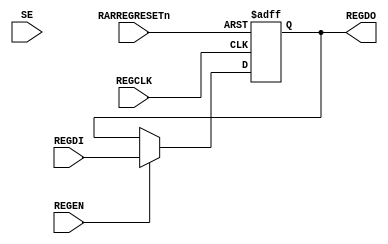
//-----------------------------------------------------------------------------
// The confidential and proprietary information contained in this file may
// only be used by a person authorised under and to the extent permitted
// by a subsisting licensing agreement from ARM Limited.
//
//            (C) COPYRIGHT 2008-2009 ARM Limited.
//                ALL RIGHTS RESERVED
//
// This entire notice must be reproduced on all copies of this file
// and copies of this file may only be made by a person if such person is
// permitted to do so under the terms of a subsisting license agreement
// from ARM Limited.
//
//      SVN Information
//
//      Checked In          : $Date: 2009-03-10 12:13:37 +0000 (Tue, 10 Mar 2009) $
//
//      Revision            : $Revision: 103430 $
//
//      Release Information : Cortex-M0-AT510-r0p0-00rel0
//-----------------------------------------------------------------------------

module cm0_dap_cdc_send_addr
         #(parameter   PRESENT = 1)
          (input  wire         REGCLK,       // Register Clock
           input  wire         RARREGRESETn, // Reset (if RAR enabled)
           input  wire         REGEN,        // Register Load Enable
           input  wire [3:0]   REGDI,        // Data Input
           input  wire         SE,           // Scan Enable for DFT
           output wire [3:0]   REGDO);       // Data Output
  
  // --------------------------------------------------------------------------
  // NOTE: THIS MODULE IS NOT INTENDED FOR USE IN SYNTHESIS
  // IT IS STRONGLY RECOMMENDED THAT AN EQUIVALENT MODULE
  // DIRECTLY INSTANTIATING CELLS FROM YOUR LIBRARY THAT MEET
  // THE REQUIREMENTS DETAILED BELOW IS USED INSTEAD
  // --------------------------------------------------------------------------
  
  // --------------------------------------------------------------------------
  // This module is instantiated where 4-bit CDC-safe send (launch) register
  // is required, i.e. where the output of the register is used in a different
  // clock domain to the register. In this case, it is necesssary to ensure 
  // that the output of the register does not glitch when the register enable
  // signal, REGEN, is low.
  //
  // RARREGRESETn is only asserted in the "Reset All Registers" configuration.
  // In the non-RAR configuration this input may be left unconnected and
  // registers without an asynchronous reset instantiated instead.
  //
  // The implementation of this module must ensure that this requirement is
  // met.
  // -------------------------------------------------------------------------- 

  // --------------------------------------------------------------------------
  // Signal Declarations
  // --------------------------------------------------------------------------
  // Internal signals
  wire   [3:0]     iREGDI;  // Input to Register
  reg    [3:0]     iREGDO;  // Output of Register
  
  //----------------------------------------------------------------------------
  // Register removal
  //----------------------------------------------------------------------------
  assign REGDO    = (PRESENT != 0)  ? iREGDO    : {4{1'b0}};
  assign iREGDI   = (PRESENT != 0)  ? REGDI     : {4{1'b0}};
  
  //----------------------------------------------------------------------------
  // Beginning of main code
  //----------------------------------------------------------------------------

  //Register
  always @ (posedge REGCLK or negedge RARREGRESETn)
    if (!RARREGRESETn)
      iREGDO <= {4{1'b0}};
    else if (REGEN)
      iREGDO <= iREGDI;

  `ifdef ARM_ASSERT_ON
    `include "std_ovl_defines.h"

    assert_never_unknown
      #(`OVL_FATAL, 1, `OVL_ASSUME, "CDC Register Enable must never be X")
      u_x_check_cdc_reg_en
      (
        .clk        (REGCLK),
        .reset_n    (RARREGRESETn),
        .qualifier  (1'b1),
        .test_expr  (REGEN)
      );

  `endif

endmodule